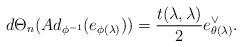
LaTeX: \begin{align*}d\Theta_n(Ad_{\phi^{-1}}(e_{\phi(\lambda)}))=\frac{t(\lambda,\lambda)}{2}e_{\theta(\lambda)}^\vee.\end{align*}